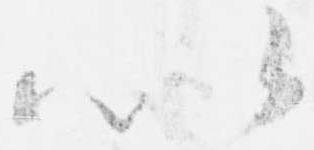
以